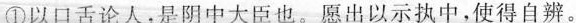
①以口舌论人，是阴中大臣也。愿出以示执中，使得自辨。